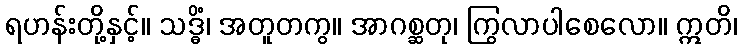
ရဟန်းတို့နှင့်။ သဒ္ဓိံ၊ အတူတကွ။ အာဂစ္ဆတု၊ ကြွလာပါစေလော။ ဣတိ၊